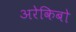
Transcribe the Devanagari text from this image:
अरेकिबो